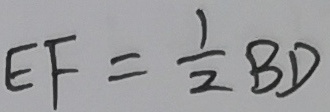
E F = \frac { 1 } { 2 } B D